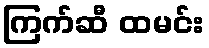
ကြက်ဆီ ထမင်း